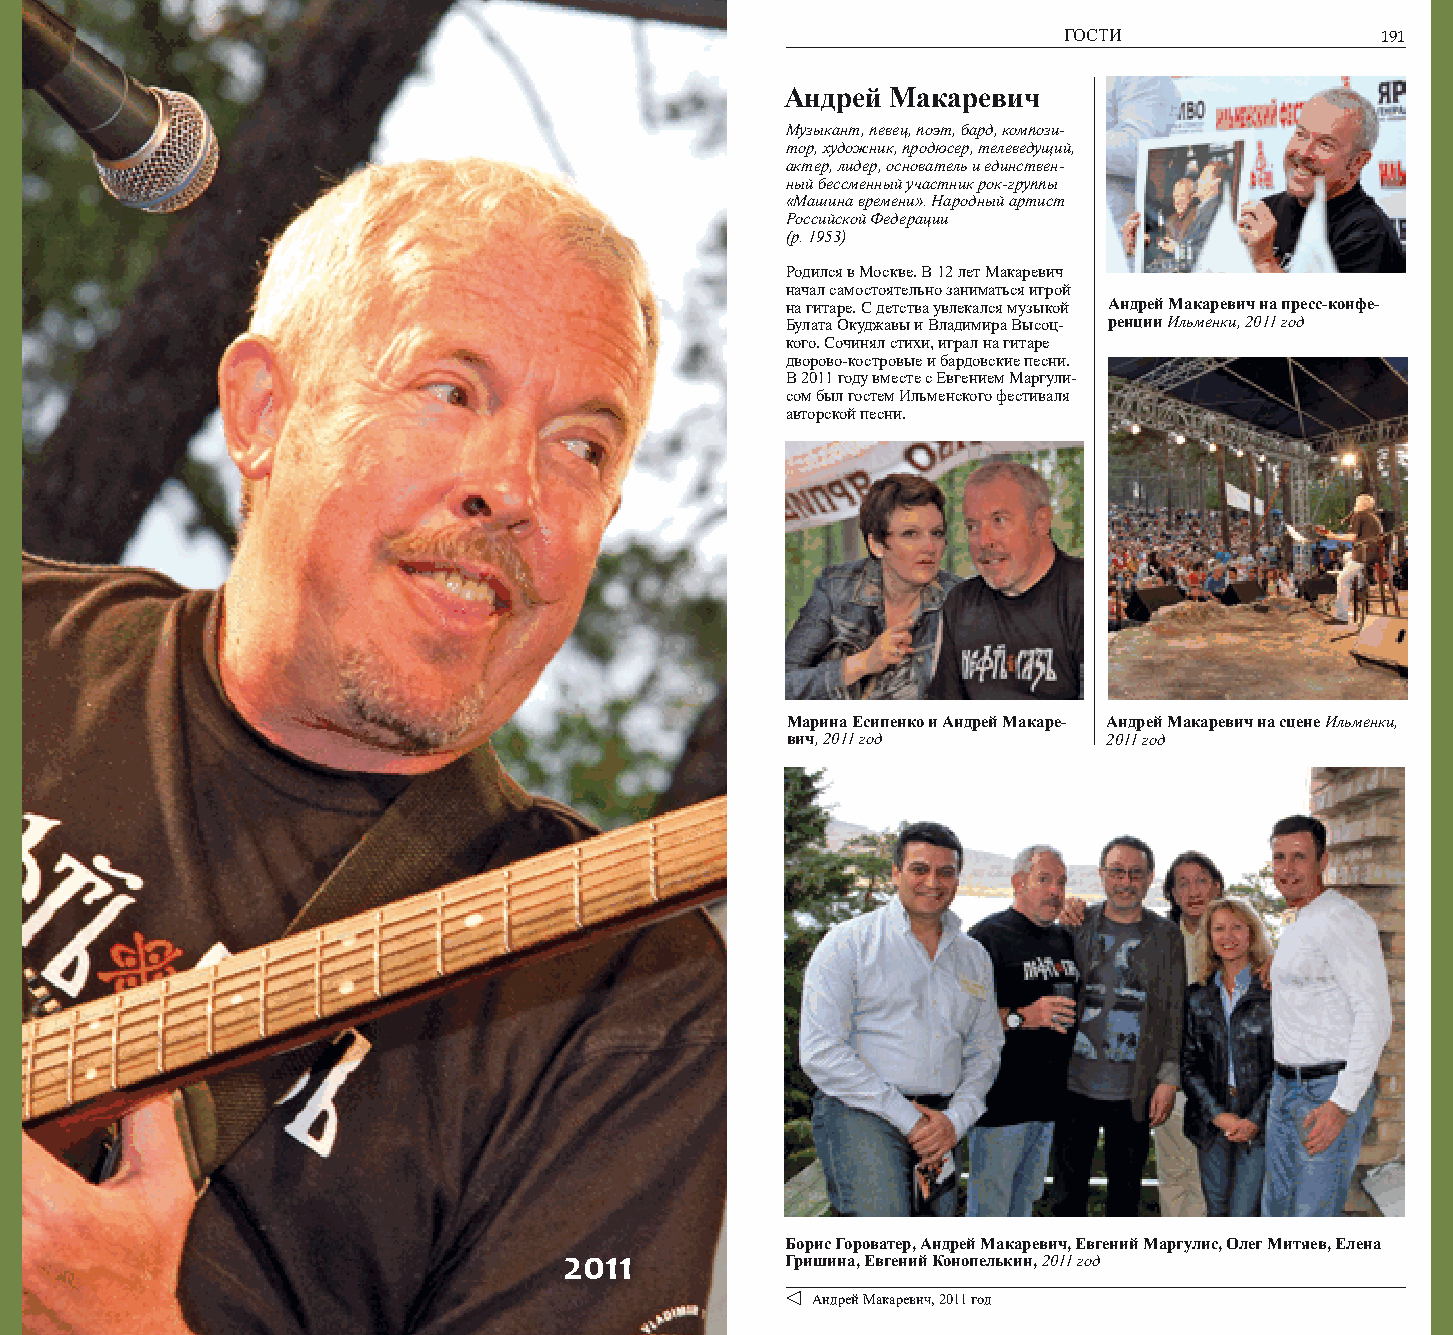
190          ИИИИЛЛЛЛЬЬЬЬММММЕЕЕЕННННССССККККИИИИЙЙЙЙ ФФФФЕЕЕЕССССТТТТИИИИВВВВААААЛЛЛЛЬЬЬЬ ГГГГООООССССТТТТИИИИ 191
 Андрей Макаревич
 Музыкант, певец, поэт, бард, компози-
 тор, художник, продюсер, телеведущий,
 актер, лидер, основатель и единствен-
 ный бессменный участник рок-группы
 «Машина времени». Народный артист
 Российской Федерации
 (р. 1953)
 Родился в Москве. В 12 лет Макаревич
 начал самостоятельно заниматься игрой
 на гитаре. С детства увлекался музыкой Андрей Макаревич на пресс-конфе-
 Булата Окуджавы и Владимира Высоц- ренции Ильменки, 2011 год
 кого. Сочинял стихи, играл на гитаре
 дворово-костровые и бардовские песни.
 В 2011 году вместе с Евгением Маргули-
 сом был гостем Ильменского фестиваля
 авторской песни.
 Марина Есипенко и Андрей Макаре- Андрей Макаревич на сцене Ильменки,
 вич, 2011 год        2011 год
 Борис Гороватер, Андрей Макаревич, Евгений Маргулис, Олег Митяев, Елена
 2011           Гришина, Евгений Конопелькин, 2011 год
 Андрей Макаревич, 2011 год